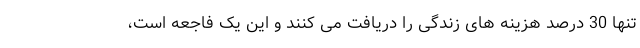
تنها 30 درصد هزینه های زندگی را دریافت می کنند و این یک فاجعه است،